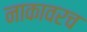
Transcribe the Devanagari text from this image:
नाकावरच